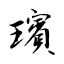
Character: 璸